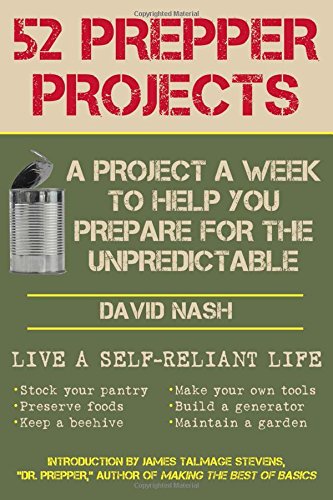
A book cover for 52 Prepper Projects: A Project a Week to Help You Prepare for the Unpredictable; David Nash; Crafts, Hobbies & Home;